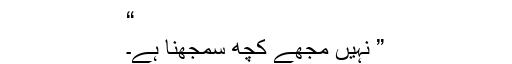
“
” نہیں مجھے کچھ سمجھنا ہے۔